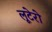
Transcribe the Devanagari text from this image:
लूटेरो